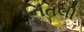
નિતલી